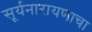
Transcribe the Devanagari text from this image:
सूर्यनारायणाचा